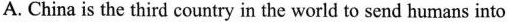
A. China is the third country in the world to send humans into